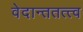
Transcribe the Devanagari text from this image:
वेदान्ततत्त्‍व